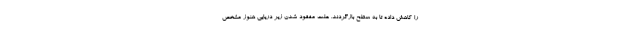
را کاهش داده تا به سطح بازگردند. علت مفقود شدن زیر دریایی هنوز مشخص